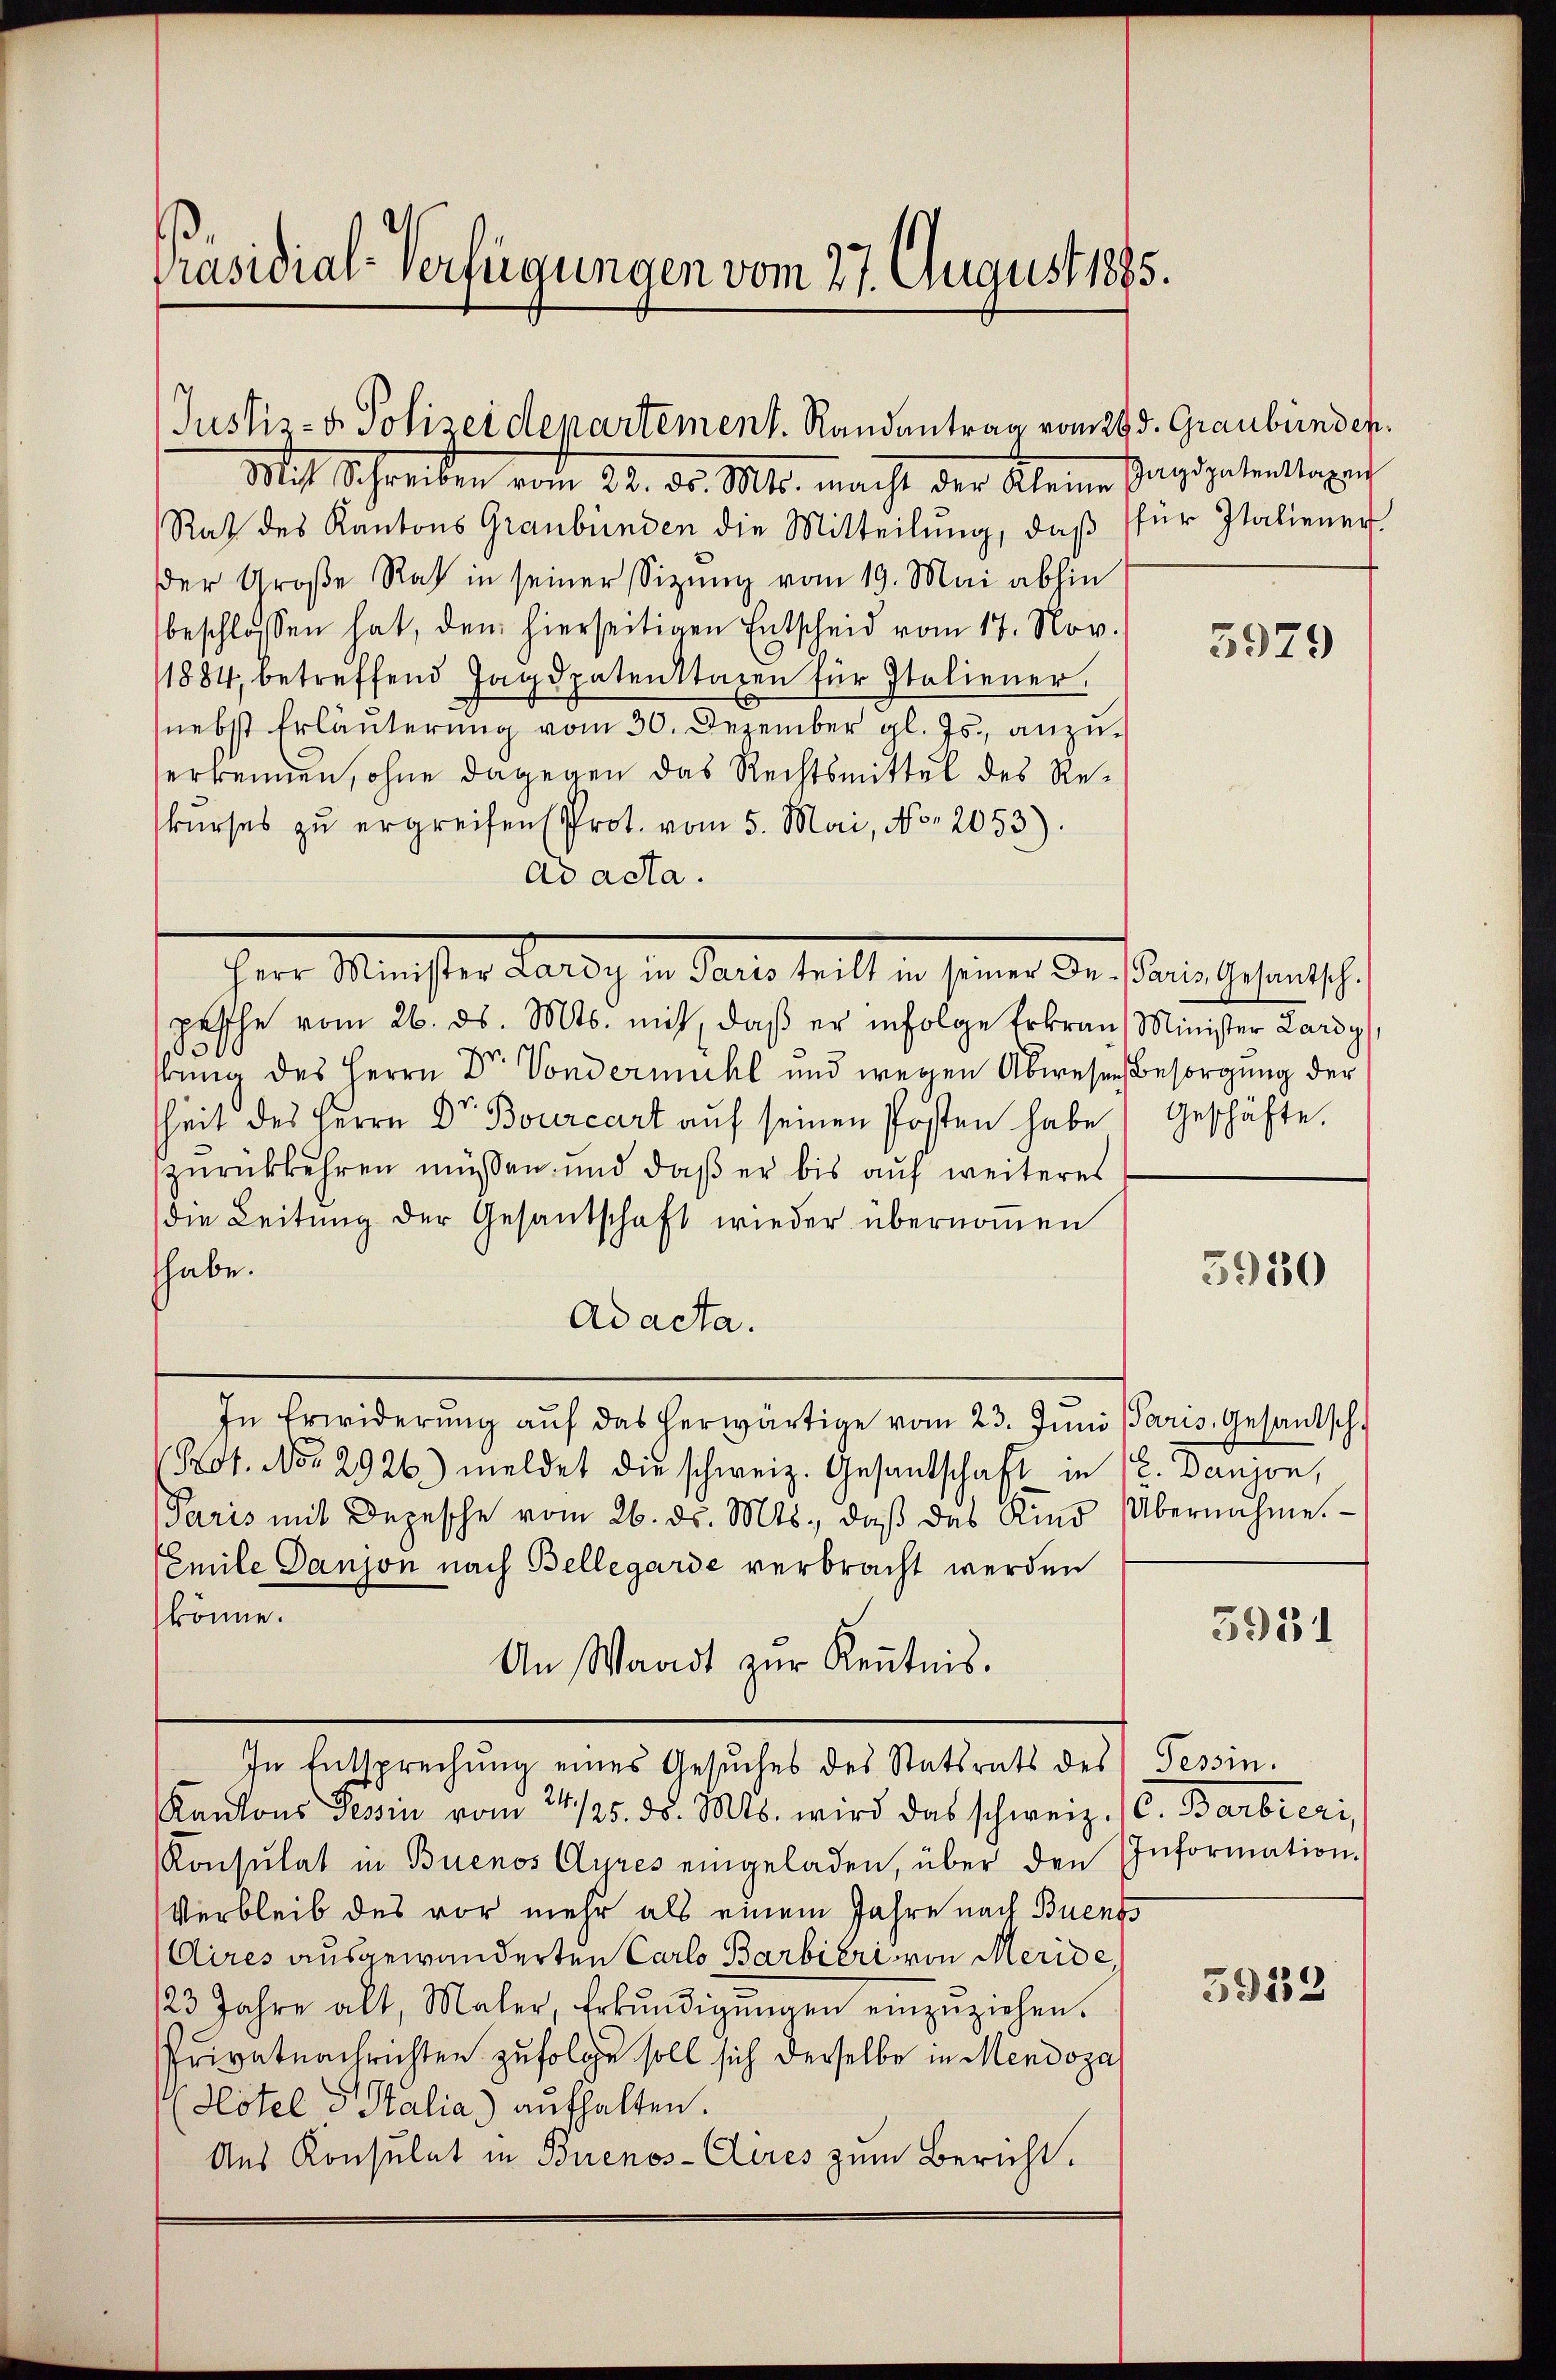
Präsidial-Verfügungen vom 27. August 1885.

Mit Schreiben vom 23. d. Mts. macht der Kleine Ganz getrettaget
Rat des Kantons Graubünden die Mitteilung, daß für Italiener.
Der Große Rat in seiner Sitzung vom 19. Mai abhin
beschlossen hat, den hierseitigen Entscheid vom 17. Nov.
1884, betreffend Jagdpatenstaxen für Italiener.
(nebst Erläuterung vom 30. Dezember gl. Js., anzuerkennen, ohne dagegen das Rechtsmittel des Rekurses zu ergreifen (Prot. vom 5. Mai, No. 2053).
ad acta.
Herr Minister Parisch in Parts teil, u. seiner der als Gestens hi
pesche vom 26. ds. Mts. mit, daβ er infolge Erkranz Minister Lardy,
bung des Herrn Dr. Vondermühl und wegen Abwesen
heit des Herrn Dr. Bourcart auf seinen Posten habe
zurückkehren müssen, und daß er bis auf weiteres
die Leitŭng der Gesandschaft wieder übernoṁen
thabe.
Ad acta.
In Erwiderŭng aŭf das herwärtige vom 23. Jŭni aris, Gesandtsch
Kot. No. 2926.) meldet die schweiz. Gesandschaft in
Paris mit Depesche vom 26. ds. Mts., daß des Kind
Emile Danjon nach Bellegarde verbracht werden
könne.
An Waadt zur Kenntnis.
In Entsprechung eines Gesuches des Statsrats des
Kantons Tessin vom 24./25. ds. Mts. wird das schweiz. (C. Barbieri
Konsulat in Buenos Ayres eingeladen, über den
Verbleib des vor mehr als einem Jahre nach Buen
(Aires ausgewanderten Carlo Barbieri von Meride
23 Jahre alt, Maler, Erkŭndigŭngen einzŭziehen.
Privatnachrichten zufolge soll sich derselbe in Mendoza
Hotel d Stalia) aufhalten.
Aus Konsulat in Buenos-Clires zum Bericht.

Justiz- & Polizeidenartement. Randantrag vom 29. d. Graubünden.

3979

Besorgung der
Geschäfte.

5950

E. Danjon,
Übernahme.

3951

Tessin.
Information.

5933